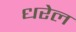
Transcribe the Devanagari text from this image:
धरेल